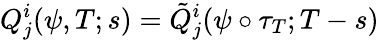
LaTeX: Q_{j}^{i}(\psi,T;s)=\tilde{Q}_{j}^{i}(\psi\circ\tau_{T};T-s)